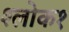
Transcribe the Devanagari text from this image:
श्लोक१